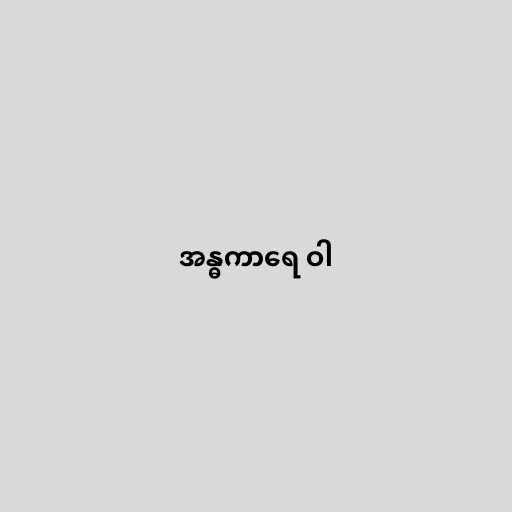
အန္ဓကာရေ ဝါ